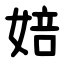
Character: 婄